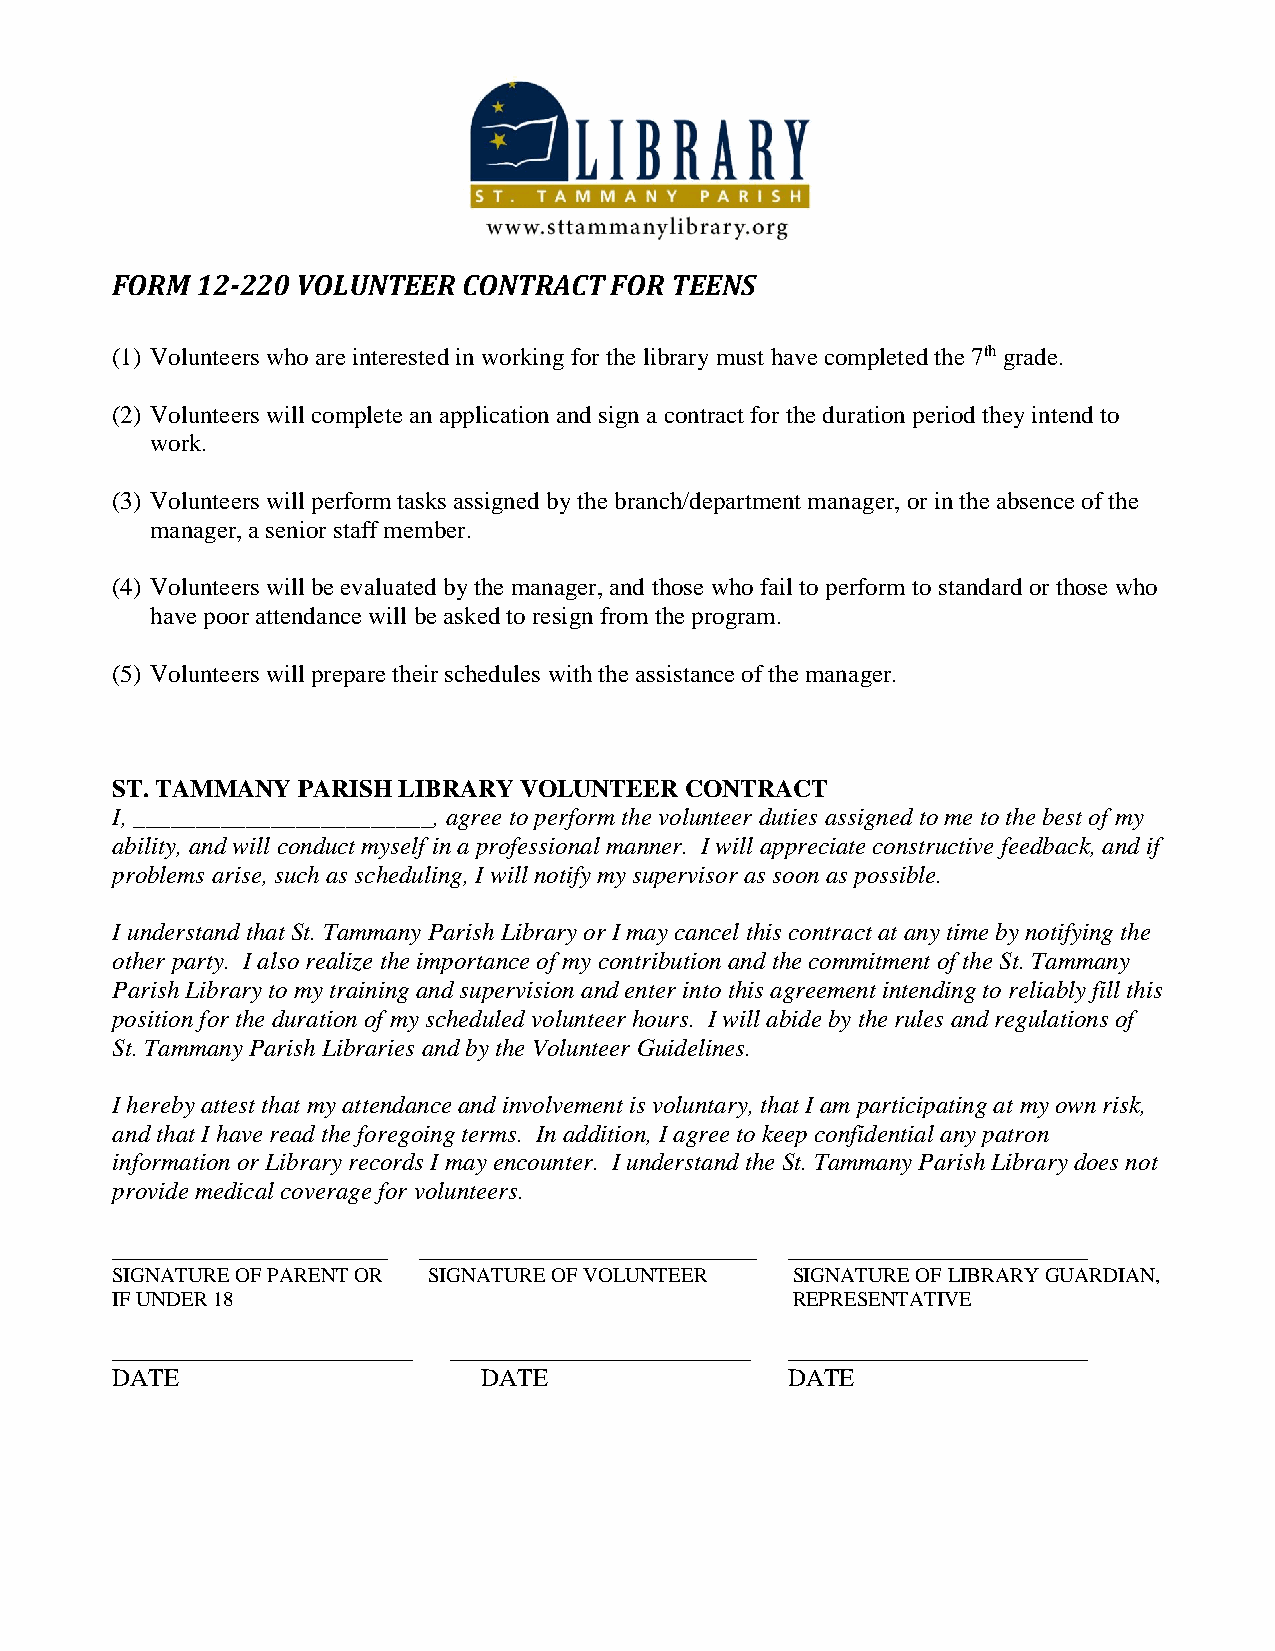
FORM  12-220 VOLUNTEER  CONTRACT FOR TEENS
 (1) Volunteers who are interested in working for the library must have completed the 7th grade.
 (2) Volunteers will complete an application and sign a contract for the duration period they intend to
 work.
 (3) Volunteers will perform tasks assigned by the branch/department manager, or in the absence of the
 manager, a senior staff member.
 (4) Volunteers will be evaluated by the manager, and those who fail to perform to standard or those who
 have poor attendance will be asked to resign from the program.
 (5) Volunteers will prepare their schedules with the assistance of the manager.
 ST. TAMMANY  PARISH LIBRARY VOLUNTEER CONTRACT
 I, ________________________, agree to perform the volunteer duties assigned to me to the best of my
 ability, and will conduct myself in a professional manner. I will appreciate constructive feedback, and if
 problems arise, such as scheduling, I will notify my supervisor as soon as possible.
 I understand that St. Tammany Parish Library or I may cancel this contract at any time by notifying the
 other party. I also realize the importance of my contribution and the commitment of the St. Tammany
 Parish Library to my training and supervision and enter into this agreement intending to reliably fill this
 position for the duration of my scheduled volunteer hours. I will abide by the rules and regulations of
 St. Tammany Parish Libraries and by the Volunteer Guidelines.
 I hereby attest that my attendance and involvement is voluntary, that I am participating at my own risk,
 and that I have read the foregoing terms. In addition, I agree to keep confidential any patron
 information or Library records I may encounter. I understand the St. Tammany Parish Library does not
 provide medical coverage for volunteers.
 ______________________ ___________________________ ________________________
 SIGNATURE OF PARENT OR SIGNATURE OF VOLUNTEER SIGNATURE OF LIBRARY GUARDIAN,
 IF UNDER 18                                  REPRESENTATIVE
 ________________________ ________________________ ________________________
 DATE                     DATE                DATE